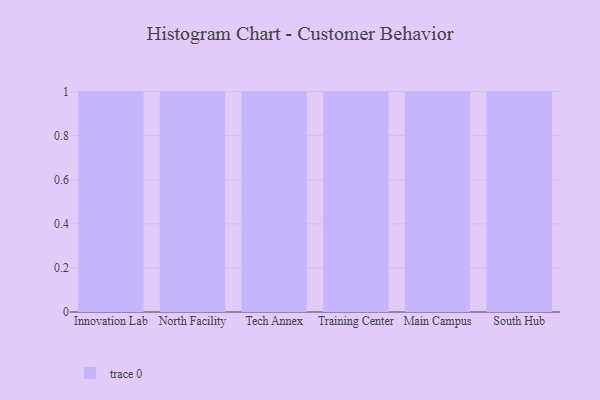
{"axis": {"x": "Campus", "y": "Revenue (USD Million)"}, "legend": [""], "data": [{"x": "Innovation Lab", "y": 2, "type": ""}, {"x": "North Facility", "y": 29, "type": ""}, {"x": "Tech Annex", "y": 86, "type": ""}, {"x": "Training Center", "y": 91, "type": ""}, {"x": "Main Campus", "y": 87, "type": ""}, {"x": "South Hub", "y": 88, "type": ""}]}